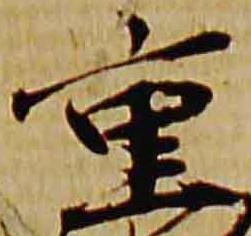
重